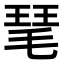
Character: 𤦖